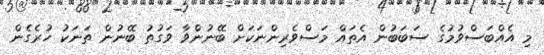
މި އެއްބަސްވުމުގެ ސަބަބުން އެތައް މަސްވެރިންނަކަށް ބޭނުންވާ ވަގުތު ބޭނުން ތަނަކު ހުރެގެން